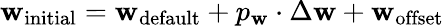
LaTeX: \mathbf{w}_{\mathrm{{initial}}}=\mathbf{w}_{\mathrm{{default}}}+p_{\mathbf{w}}\cdot\Delta\mathbf{w}+\mathbf{w}_{\mathrm{{offset}}}